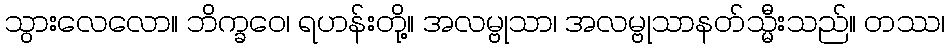
သွားလေလော။ ဘိက္ခဝေ၊ ရဟန်းတို့။ အလမ္ဗုသာ၊ အလမ္ဗုသာနတ်သ္မီးသည်။ တဿ၊